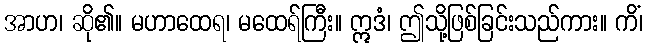
အာဟ၊ ဆို၏။ မဟာထေရ၊ မထေရ်ကြီး။ ဣဒံ၊ ဤသို့ဖြစ်ခြင်းသည်ကား။ ကိံ၊